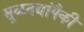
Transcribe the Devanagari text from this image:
मूळनद्यांपैकी